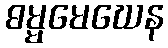
ဓမ္မမေဃေန